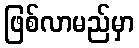
ဖြစ်လာမည်မှာ